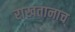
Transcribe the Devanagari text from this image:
राखतानाच